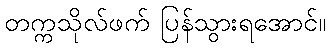
တက္ကသိုလ်ဖက် ပြန်သွားရအောင်။